Vaccination in Bombay 1874-1876 - 1874-1876
Year: 1874
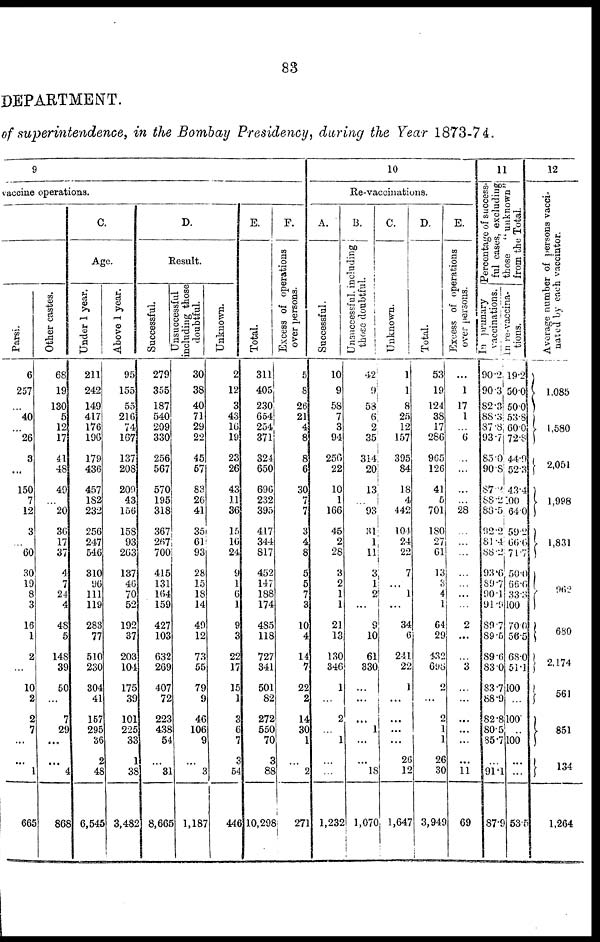
83
DEPARTMENT.
of superintendence, in the Bombay Presidency, during the Year 1873-74.
9
vaccine operations.
Parsi.
6
257
40
...
26
9
...
150
7
12
3
...
60
30
19
8
3
16
1
2
...
10
2
2
7
...
...
1
665
Other castes.
68
19
130
5
12
17
41
48
49
...
20
36
17
37
4
7
24
4
48
5
148
39
50
...
7
29
...
...
4
868
C.
Age.
Under 1 year.
211
242
149
4.17
176
196
179
436
457
182
232
256
247
546
310
96
111
119
283
77
510
230
304
41
157
295
36
2
48
6,545
Above 1 year.
95
155
55
216
74
167
137
208
209
43
156
158
93
263
137
46
70
52
192
37
203
104
175
39
101
225
33
1
38
3,482
D.
Result.
Successful.
279
355
187
540
209
330
256
567
570
195
318
367
267
700
415
131
164
159
427
103
632
269
407
72
223
438
54
...
31
8,665
Unsuccessful
including those
doubtful.
30
38
40
71
29
22
45
57
83
26
41
35
61
93
28
15
18
14
49
12
73
55
79
9
46
106
9
...
3
1,187
Unknown.
2
12
3
43
16
19
23
26
43
11
36
15
16
24
9
1
6
1
9
3
22
17
15
1
3
6
7
3
54
446
E.
Total.
311
405
230
654
254
371
324
650
696
232
395
417
344
817
452
147
188
174
485
118
727
341
501
82
272
550
70
3
88
10,298
F.
Excess of operations
over persons.
5
8
26
21
4
8
8
6
30
7
7
3
4
8
5
5
7
3
10
4
14
7
22
2
14
30
1
...
2
271
10
Re-vaccinations.
A.
Successful.
10
9
58
7
3
94
256
22
10
1
166
45
2
28
3
2
1
1
21
13
130
346
1
...
2
...
1
...
...
1,232
B.
Unsuccessful, including
those doubtful.
42
9
58
6
2
35
314
20
13
...
93
31
1
11
3
1
2
...
9
10
61
330
...
...
...
1
...
...
18
1,070
C.
Unknown.
1
1
8
25
12
157
395
84
18
4
442
104
24
22
7
...
1
...
34
6
241
22
1
...
...
...
...
26
12
1,647
D.
Total.
53
19
124
38
17
286
965
126
41
5
701
180
27
61
13
3
4
1
64
29
432
698
2
...
2
1
1
26
30
3,949
E.
Excess of operations
over persons.
...
1
17
1
...
6
...
...
...
...
28
...
...
...
...
...
...
...
2
...
...
3
...
...
...
...
...
...
11
69
11
Percentage of success¬
ful cases, excluding,
those "unknown"
from the Total.
In primary
vaccinations.
90.2
90 3
82.3
88.3
87.8
93.7
85.0
90.8
87.2
88.2
80.5
92.2
81.4
88.2
93.6
89.7
90.1
91.9
89.7
89.5
89.6
83.0
83.7
88.9
82.8
805
85.7
...
91.1
87.9
In re-vaccina¬
tions.
19.2
500
50.0
53.8
60.0
72.8
44.9
52.3
43.4
100
64.0
59.2
66.6
71.7
50.0
66.6
33.3
100
70.0
56.5
68.0
51.1
100
...
100
...
100
...
...
53.5
12
Average number of persons vacci-
nated by each vaccintor.
1,085
1,580
2,051
1,998
1,831
962
680
2,174
561
851
134
1,264